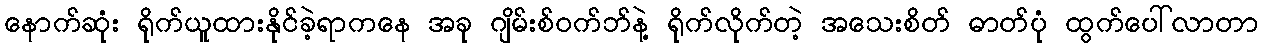
နောက်ဆုံး ရိုက်ယူထားနိုင်ခဲ့ရာကနေ အခု ဂျိမ်းစ်ဝက်ဘ်နဲ့ ရိုက်လိုက်တဲ့ အသေးစိတ် ဓာတ်ပုံ ထွက်ပေါ်လာတာ